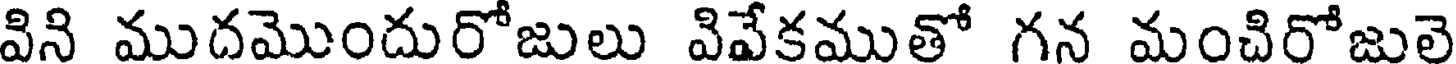
విని ముదమొందురోజులు వివేకముతో గన మంచిరోజులె